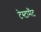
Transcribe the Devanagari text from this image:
टेस्टामैंट